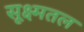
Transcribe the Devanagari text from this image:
सूक्ष्मतल